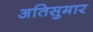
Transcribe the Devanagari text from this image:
अतिसुमार